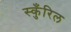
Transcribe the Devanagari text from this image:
स्कुँरिल